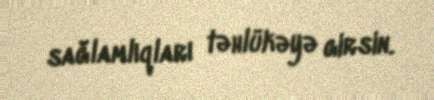
sağlamlıqları təhlükəyə girsin.